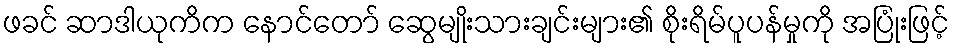
ဖခင် ဆာဒါယုကိက နောင်တော် ဆွေမျိုးသားချင်းများ၏ စိုးရိမ်ပူပန်မှုကို အပြုံးဖြင့်